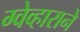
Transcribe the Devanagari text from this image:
ग्वेव्हाराने